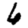
Digit: 6